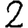
Digit: 2